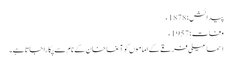
پیدائش؛ 1878ء
وفات؛ 1957ء
اسماعیلی فرقے کے اماموں کو آغا خان کے نام سے پکارا جاتا ہے۔